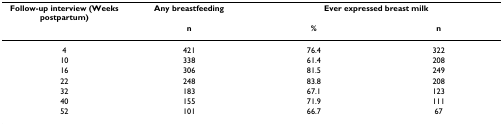
| Follow-up interview (Weeks postpartum) | Any breastfeeding | <COLSPAN=2> Ever expressed breast milk |
 |  | n | % | n |
 | --- | --- | --- | --- |
 | 4 | 421 | 76.4 | 322 |
 | 10 | 338 | 61.4 | 208 |
 | 16 | 306 | 81.5 | 249 |
 | 22 | 248 | 83.8 | 208 |
 | 32 | 183 | 67.1 | 123 |
 | 40 | 155 | 71.9 | 111 |
 | 52 | 101 | 66.7 | 67 |